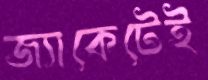
জ্যাকেটেই